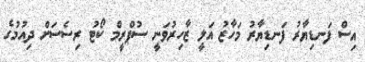
އިސް ފަނޑިޔާރު ފަނޑިޔާރު މަހާޒު އަލީ ޒާހިރުވަނީ ސުޕްރީމް ކޯޓު ރިސެސަށް ދިއުމުގެ